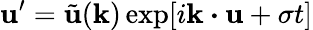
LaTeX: \mathbf{u}^{\prime}=\tilde{\mathbf{u}}(\mathbf{k})\exp[i\mathbf{k}\boldsymbol{\cdot}\mathbf{u}+\sigma t]